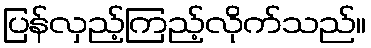
ပြန်လှည့်ကြည့်လိုက်သည်။